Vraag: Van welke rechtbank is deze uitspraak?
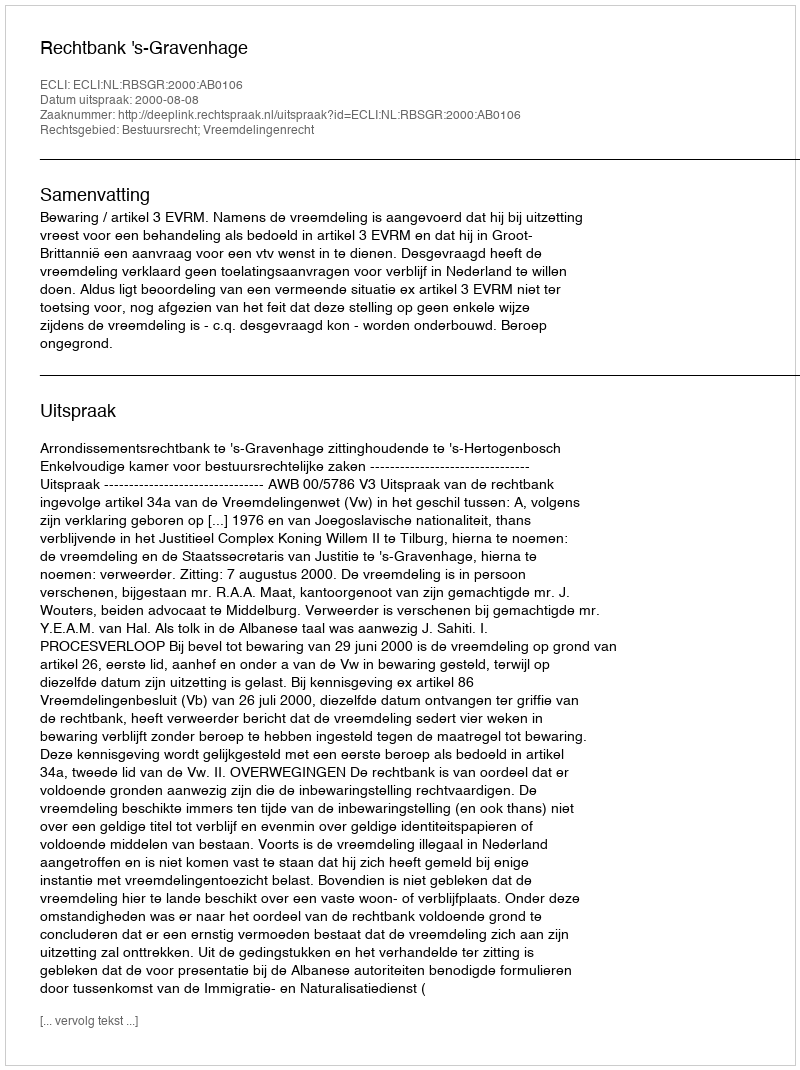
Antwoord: Rechtbank 's-Gravenhage